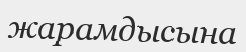
жарамдысына